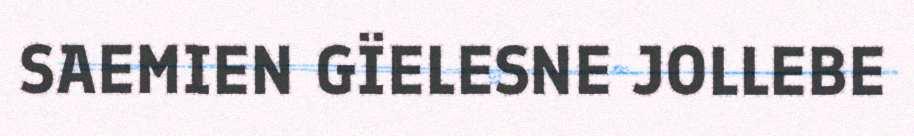
SAEMIEN GÏELESNE JOLLEBE